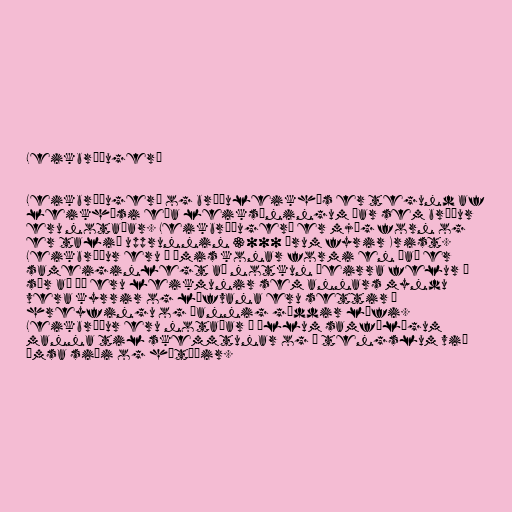
Leikbrúðugerð

Leikbrúðugerð og brúðuleikhús er tegund af
leikhúsi eða leiksýningum þar sem brúður
eru notaðar. Leikbrúðugerð er mjög forn og
er talið upprunnin 3000 árum fyrir Krist.
Leikbrúður eru á ýmis konar formi en það er
sameiginlegt að notkun þeirra felur í
sér að þá eru leikmunir sem annars myndu
vera kyrrir og lífvana eru settir á
hreyfingu og þannig gæddir lífi.
Leikbrúður eru notaðar í öllum samfélögum
manna til skemmtunar og í tengslum við
ýmsa siði og hátíðir.